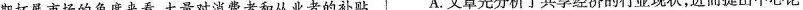
期拓展市场的角度来看，大量对消费者和从业者的补贴 A.文章先分析了共享经济的行业现状，进而提出中心论